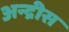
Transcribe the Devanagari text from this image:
अन्द्रीस